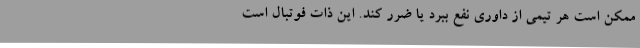
ممکن است هر تیمی از داوری نفع ببرد یا ضرر کند. این ذات فوتبال است